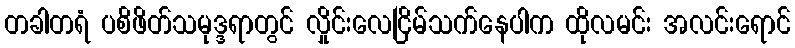
တခါတရံ ပစိဖိတ်သမုဒ္ဒရာတွင် လှိုင်းလေငြိမ်သက်နေပါက ထိုလမင်း အလင်းရောင်